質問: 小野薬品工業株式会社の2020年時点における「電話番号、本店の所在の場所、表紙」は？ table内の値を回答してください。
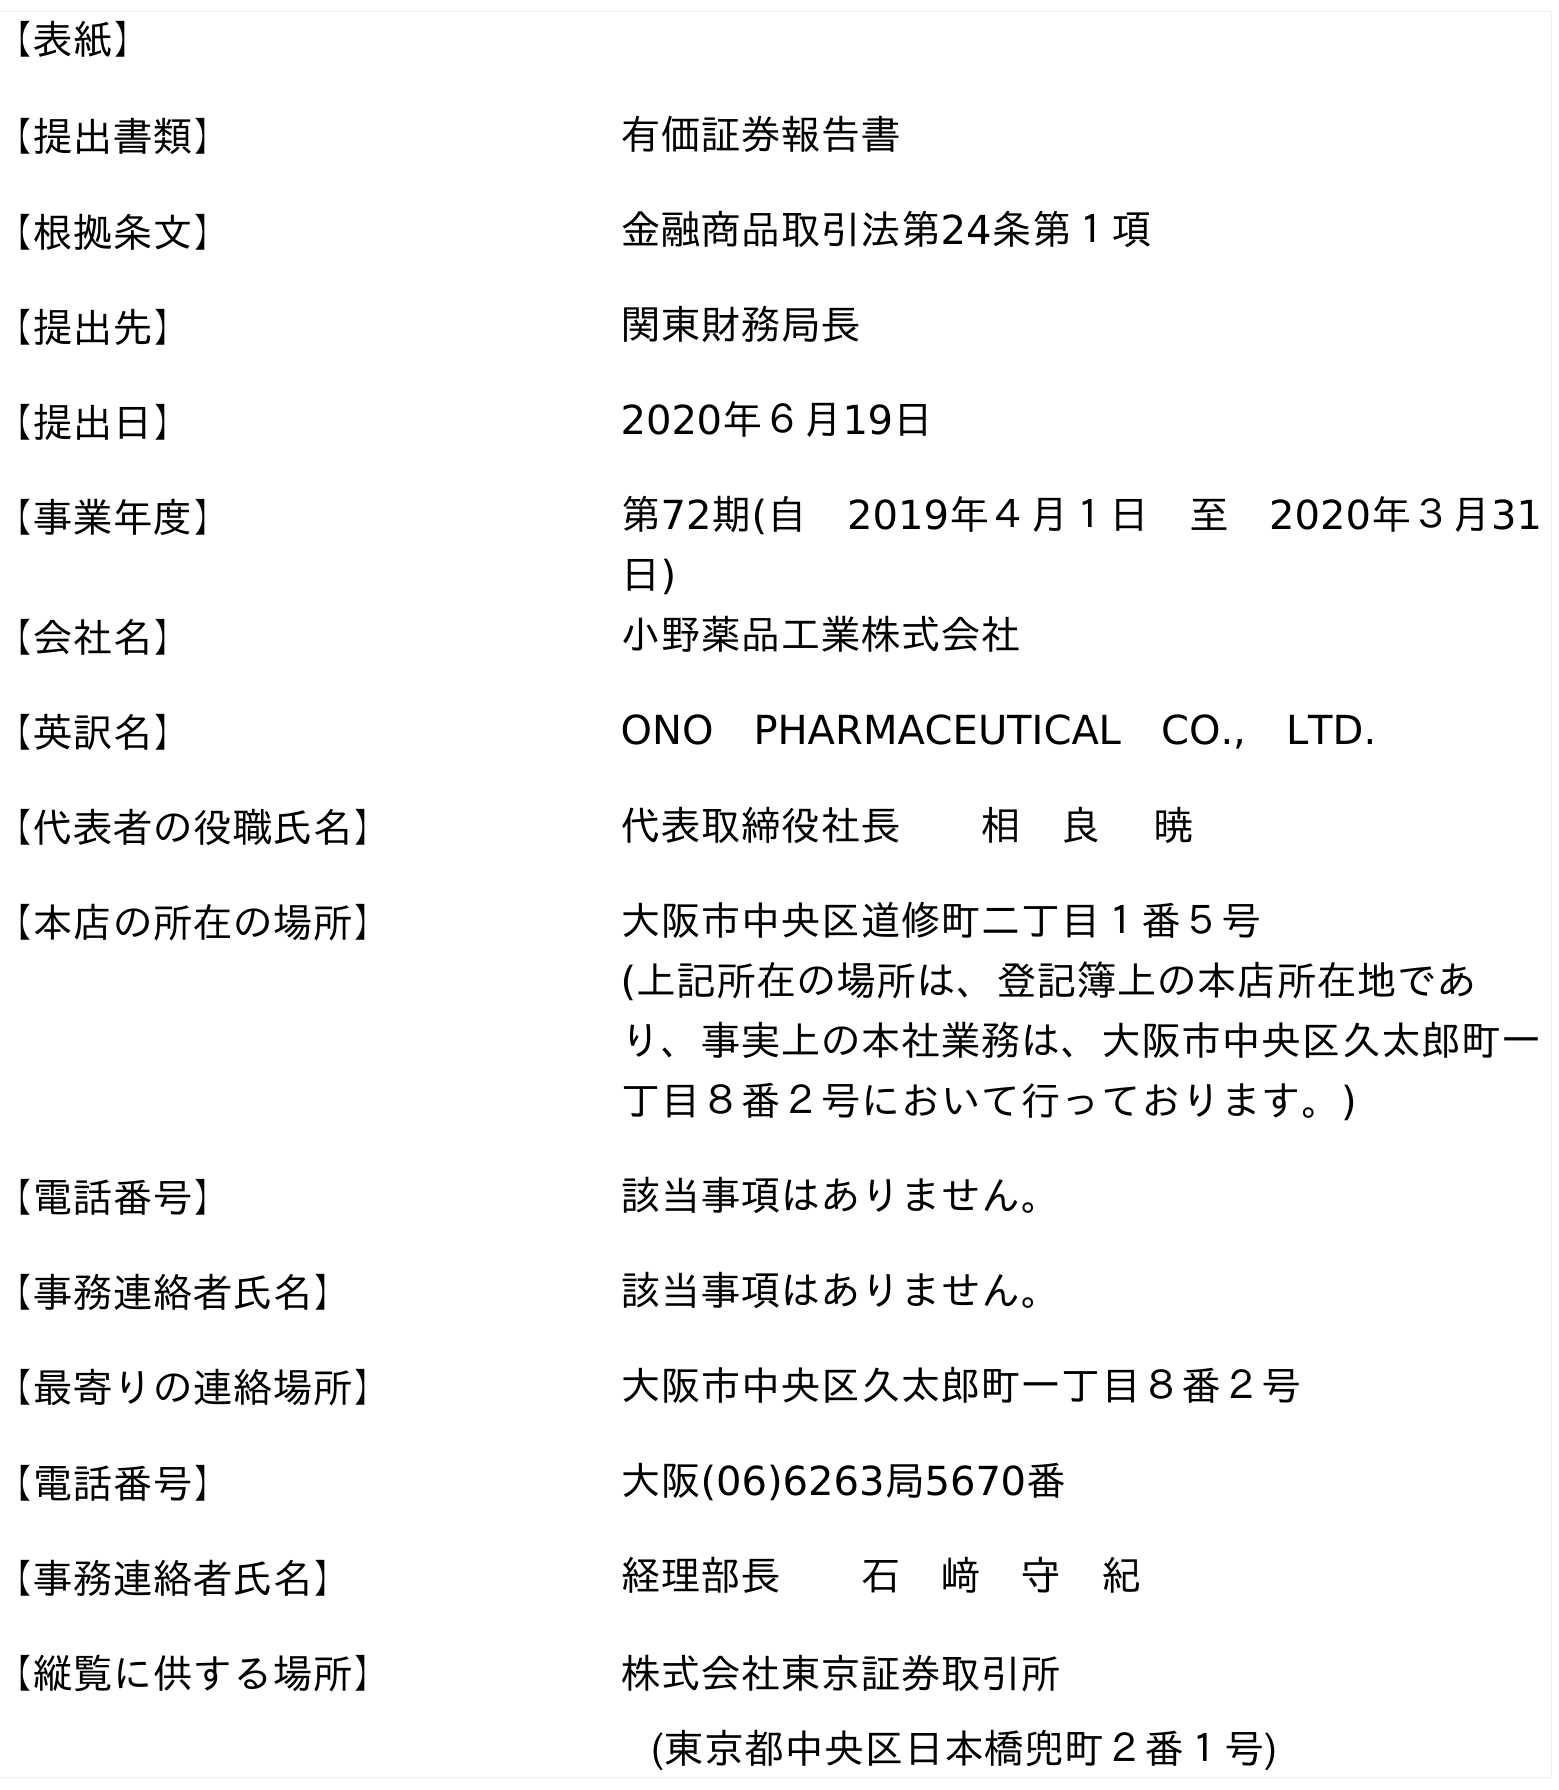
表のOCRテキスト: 【表紙】 【提出書類】 有価証券報告書 【根拠条文】 金融商品取引法第24条第１項 【提出先】 関東財務局長 【提出日】 2020年６月19日 【事業年度】 第72期(自 2019年４月１日 至 2020年３月31 日) 【会社名】 小野薬品工業株式会社 【英訳名】 ONO PHARMACEUTICAL CO., LTD. 【代表者の役職氏名】 代表取締役社長  相 良  暁 【本店の所在の場所】 大阪市中央区道修町二丁目１番５号 (上記所在の場所は、登記簿上の本店所在地であ り、事実上の本社業務は、大阪市中央区久太郎町一 丁目８番２号において行っております。) 【電話番号】 該当事項はありません。 【事務連絡者氏名】 該当事項はありません。 【最寄りの連絡場所】 大阪市中央区久太郎町一丁目８番２号 【電話番号】 大阪(06)6263局5670番 【事務連絡者氏名】 経理部長  石 﨑 守 紀 【縦覧に供する場所】 株式会社東京証券取引所 (東京都中央区日本橋兜町２番１号)
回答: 該当事項はありません。